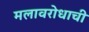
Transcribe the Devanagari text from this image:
मलावरोधाची